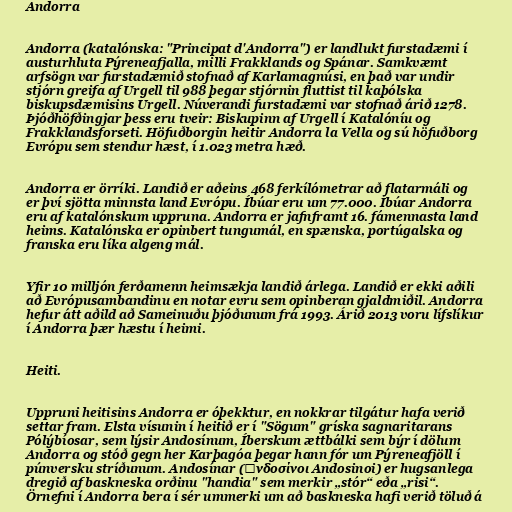
Andorra

Andorra (katalónska: "Principat d'Andorra") er landlukt furstadæmi í
austurhluta Pýreneafjalla, milli Frakklands og Spánar. Samkvæmt
arfsögn var furstadæmið stofnað af Karlamagnúsi, en það var undir
stjórn greifa af Urgell til 988 þegar stjórnin fluttist til kaþólska
biskupsdæmisins Urgell. Núverandi furstadæmi var stofnað árið 1278.
Þjóðhöfðingjar þess eru tveir: Biskupinn af Urgell í Katalóníu og
Frakklandsforseti. Höfuðborgin heitir Andorra la Vella og sú höfuðborg
Evrópu sem stendur hæst, í 1.023 metra hæð.

Andorra er örríki. Landið er aðeins 468 ferkílómetrar að flatarmáli og
er því sjötta minnsta land Evrópu. Íbúar eru um 77.000. Íbúar Andorra
eru af katalónskum uppruna. Andorra er jafnframt 16. fámennasta land
heims. Katalónska er opinbert tungumál, en spænska, portúgalska og
franska eru líka algeng mál.

Yfir 10 milljón ferðamenn heimsækja landið árlega. Landið er ekki aðili
að Evrópusambandinu en notar evru sem opinberan gjaldmiðil. Andorra
hefur átt aðild að Sameinuðu þjóðunum frá 1993. Árið 2013 voru lífslíkur
í Andorra þær hæstu í heimi.

Heiti.

Uppruni heitisins Andorra er óþekktur, en nokkrar tilgátur hafa verið
settar fram. Elsta vísunin í heitið er í "Sögum" gríska sagnaritarans
Pólýbíosar, sem lýsir Andosínum, Íberskum ættbálki sem býr í dölum
Andorra og stóð gegn her Karþagóa þegar hann fór um Pýreneafjöll í
púnversku stríðunum. Andosínar (Ἀνδοσίνοι Andosinoi) er hugsanlega
dregið af baskneska orðinu "handia" sem merkir „stór“ eða „risi“.
Örnefni í Andorra bera í sér ummerki um að baskneska hafi verið töluð á